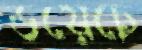
ডয়েচে